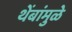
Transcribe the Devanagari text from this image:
थेंबांमुळे